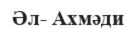
Әл- Ахмәди